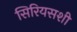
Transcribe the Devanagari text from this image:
सिरियसशी